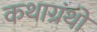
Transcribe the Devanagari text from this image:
कथाग्रंथों